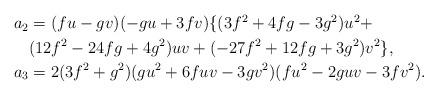
LaTeX: \begin{align*}\begin{aligned}a_2 &= (fu-gv)(-gu+3fv)\{(3f^2+4fg-3g^2)u^2+\\& (12f^2-24fg+4g^2)uv+(-27f^2+12fg+3g^2)v^2\},\\ a_3& = 2(3f^2+g^2)(gu^2+6fuv-3gv^2)(fu^2-2guv-3fv^2).\end{aligned}\end{align*}